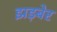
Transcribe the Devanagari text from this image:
झड़बेर